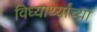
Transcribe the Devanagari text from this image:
विध्यार्थ्यांच्या